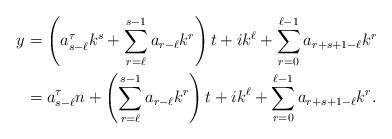
LaTeX: \begin{align*}y&=\left(a_{s-\ell}^\tau k^s+\sum_{r=\ell}^{s-1}a_{r-\ell}k^r\right)t+ik^\ell+\sum_{r=0}^{\ell-1}a_{r+s+1-\ell}k^r\\&=a_{s-\ell}^\tau n+\left(\sum_{r=\ell}^{s-1}a_{r-\ell}k^r\right)t+ik^\ell+\sum_{r=0}^{\ell-1}a_{r+s+1-\ell}k^r.\end{align*}